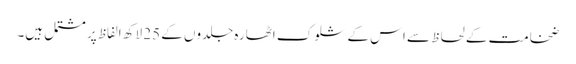
ضخامت کے لحاظ سے اس کے شلوک اٹھارہ جلدوں کے 25 لاکھ الفاظ پر مشتمل ہیں۔